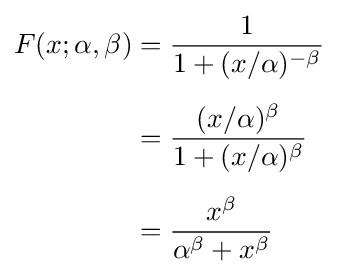
{\begin{aligned}F(x;\alpha ,\beta )&={1 \over 1+(x/\alpha )^{-\beta }}\\[5pt]&={(x/\alpha )^{\beta } \over 1+(x/\alpha )^{\beta }}\\[5pt]&={x^{\beta } \over \alpha ^{\beta }+x^{\beta }}\end{aligned}}